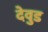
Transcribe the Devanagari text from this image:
देवुड